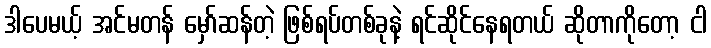
ဒါပေမယ့် အင်မတန် မှော်ဆန်တဲ့ ဖြစ်ရပ်တစ်ခုနဲ့ ရင်ဆိုင်နေရတယ် ဆိုတာကိုတော့ ငါ